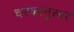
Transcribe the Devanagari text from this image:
चरकानुसार